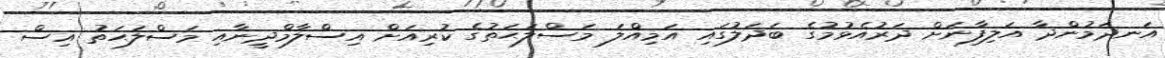
އަނދަމުންދާ އަލިފާނަށް ދަރުއެޅުމުގެ ބަދަލުގައި އަމިއްލަ މަސްލަޙަތުގެ ކުރިއަށް އިސްލާމްދީނާއި މަސްލަޙަތު އިސް